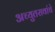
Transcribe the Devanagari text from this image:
अच्युतरावांचे